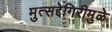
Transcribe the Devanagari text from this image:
मुत्सद्देगिरीमुळे